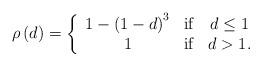
LaTeX: \begin{align*}\rho\left( d\right) =\left\{\begin{array}[c]{ccc}1-\left( 1-d\right) ^{3} & \mathrm{if} & d\leq1\\1 & \mathrm{if} & d>1.\end{array}\right. \end{align*}